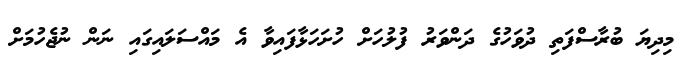
މިދިޔަ ބުރާސްފަތި ދުވަހުގެ ދަންވަރު ފުލުހަށް ހުށަހަޅާފައިވާ އެ މައްސަލައިގައި ނަން ނުޖެހުމަށް